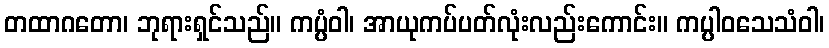
တထာဂတော၊ ဘုရားရှင်သည်။ ကပ္ပံဝါ၊ အာယုကပ်ပတ်လုံးလည်းကောင်း။ ကပ္ပါဝသေသံဝါ၊